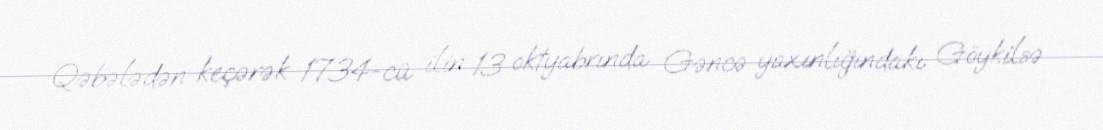
Qəbələdən keçərək 1734-cü ilin 13 oktyabrında Gəncə yaxınlığındakı Göykilsə